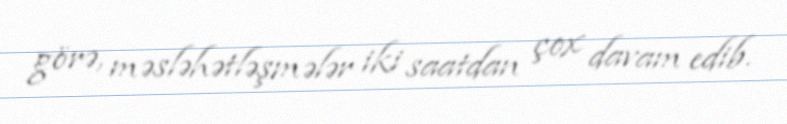
görə, məsləhətləşmələr iki saatdan çox davam edib.